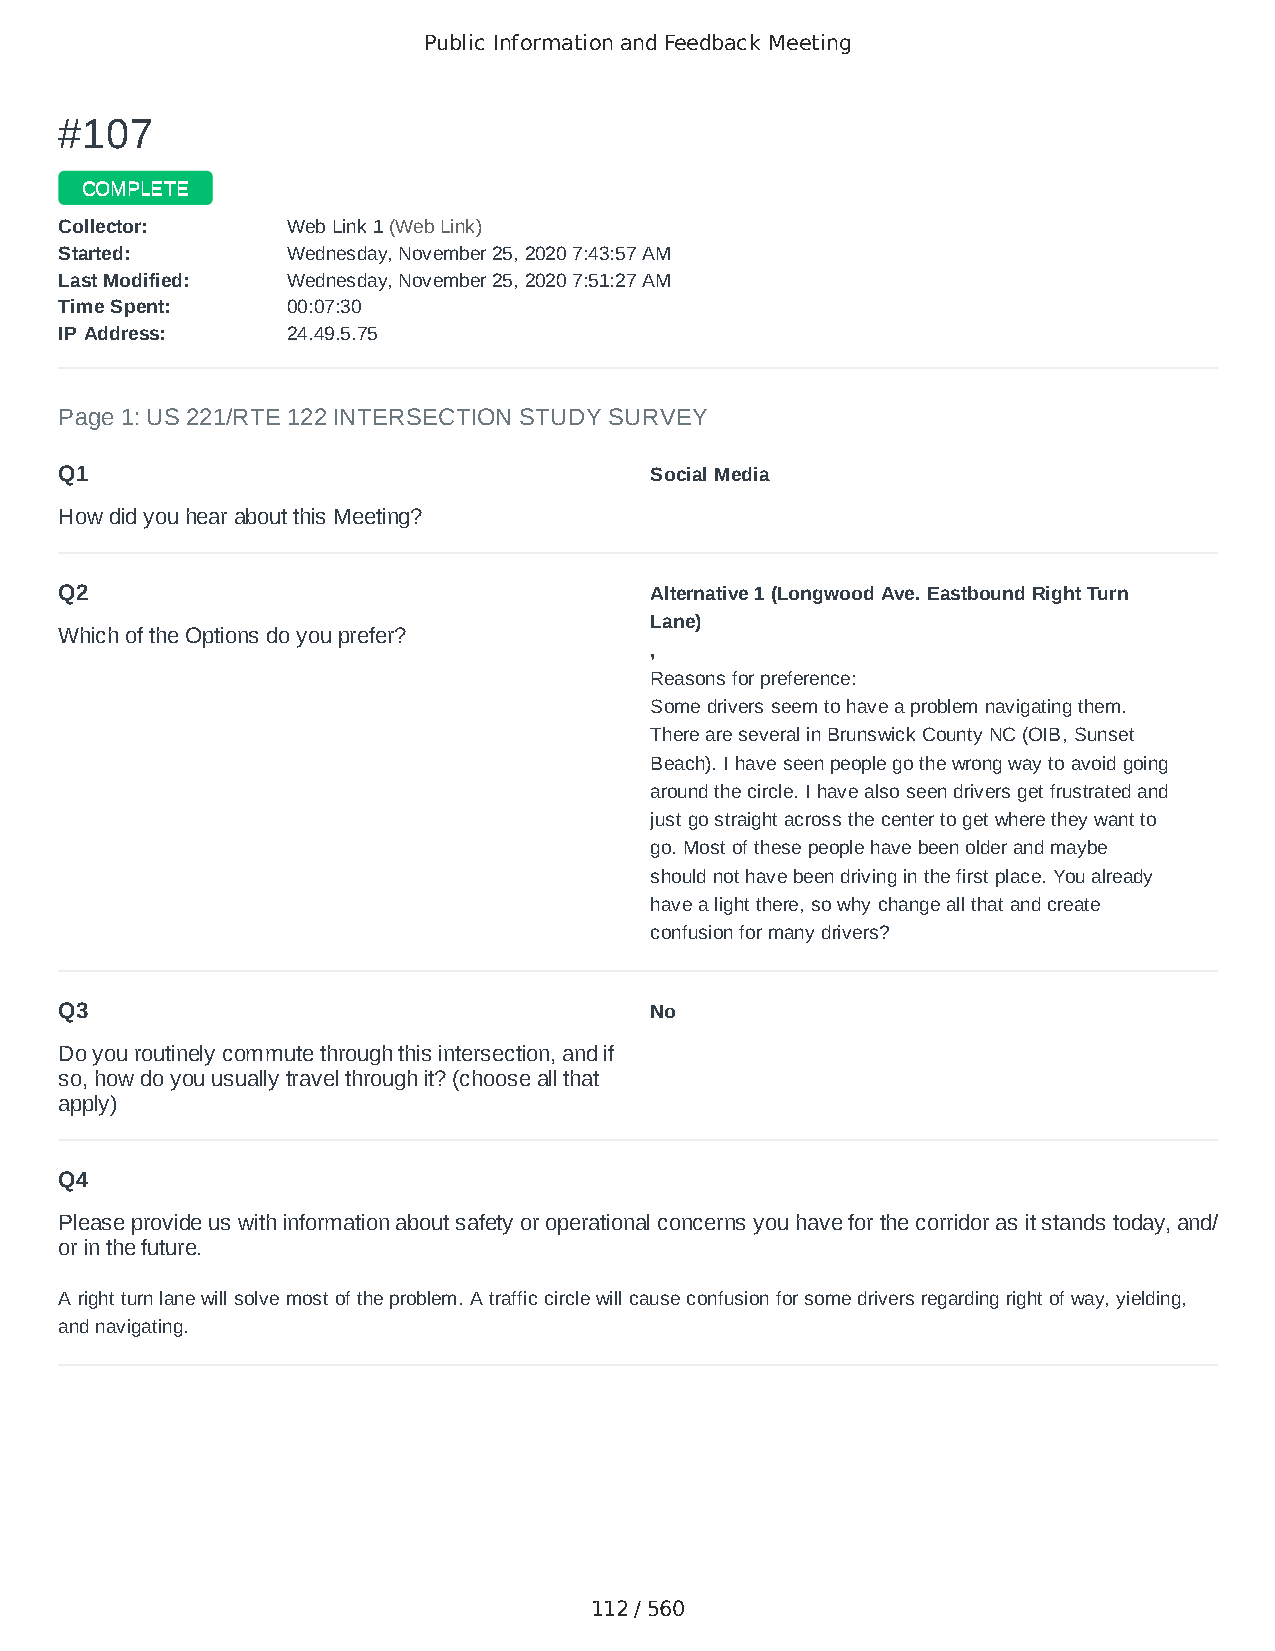
Public Information and Feedback Meeting
 ##110077
 CCOOMMPPLLEETTEE
 CCoolllleeccttoorr:: WWeebb LLiinnkk 11 ((WWeebb LLiinnkk))
 SSttaarrtteedd:: WWeeddnneessddaayy,, NNoovveemmbbeerr 2255,, 22002200 77::4433::5577 AAMM
 LLaasstt MMooddiiffiieedd:: WWeeddnneessddaayy,, NNoovveemmbbeerr 2255,, 22002200 77::5511::2277 AAMM
 TTiimmee SSppeenntt:: 0000::0077::3300
 IIPP AAddddrreessss:: 2244..4499..55..7755
 Page 1: US 221/RTE 122 INTERSECTION STUDY SURVEY
 Q1                                     Social Media
 How did you hear about this Meeting?
 Q2                                     Alternative 1 (Longwood Ave. Eastbound Right Turn
 Lane)
 Which of the Options do you prefer?
 ,
 Reasons for preference:
 Some drivers seem to have a problem navigating them.
 There are several in Brunswick County NC (OIB, Sunset
 Beach). I have seen people go the wrong way to avoid going
 around the circle. I have also seen drivers get frustrated and
 just go straight across the center to get where they want to
 go. Most of these people have been older and maybe
 should not have been driving in the first place. You already
 have a light there, so why change all that and create
 confusion for many drivers?
 Q3                                     No
 Do you routinely commute through this intersection, and if
 so, how do you usually travel through it? (choose all that
 apply)
 Q4
 Please provide us with information about safety or operational concerns you have for the corridor as it stands today, and/
 or in the future.
 A right turn lane will solve most of the problem. A traffic circle will cause confusion for some drivers regarding right of way, yielding,
 and navigating.
 112 / 560